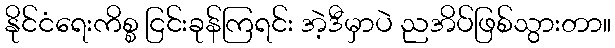
နိုင်ငံရေးကိစ္စ ငြင်းခုန်ကြရင်း အဲ့ဒီမှာပဲ ညအိပ်ဖြစ်သွားတာ။